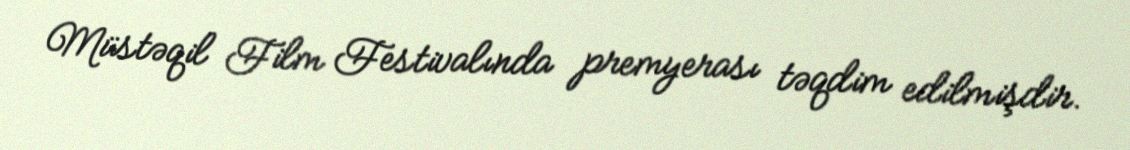
Müstəqil Film Festivalında premyerası təqdim edilmişdir.